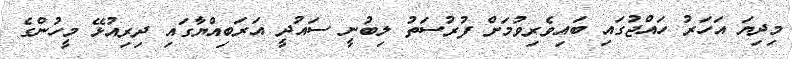
މިދިޔަ އަހަރު ހައްޖުގައި ބައިވެރިވުމަށް ފުރުސަތު ލިބުނީ ސައުދީ އަރަބިއްޔާގައި ދިރިއުޅޭ މީހުންގެ